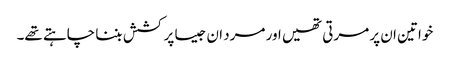
خواتین ان پر مرتی تھیں اور مرد ان جیسا پرکشش بننا چاہتے تھے۔